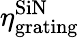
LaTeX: \eta_{\textrm{grating}}^{\textrm{SiN}}